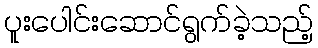
ပူးပေါင်းဆောင်ရွက်ခဲ့သည့်